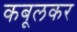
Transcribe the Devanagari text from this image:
कबूलकर